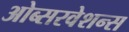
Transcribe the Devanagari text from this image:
ओब्सरवेशन्स